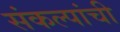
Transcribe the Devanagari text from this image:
संकल्पांची